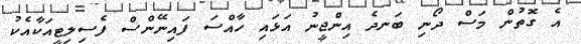
އެ ގޮތުން މަސް ދޯނި ބަނދެ އިންޖީނު އަޅައި ހާއްސަ ފައިނޭންސް ފެސިލިޓީއަކާއެކު